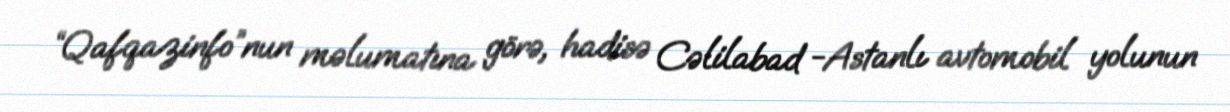
“Qafqazinfo”nun məlumatına görə, hadisə Cəlilabad -Astanlı avtomobil yolunun